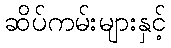
ဆိပ်ကမ်းများနှင့်